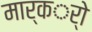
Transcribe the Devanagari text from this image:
मार्कर्ो